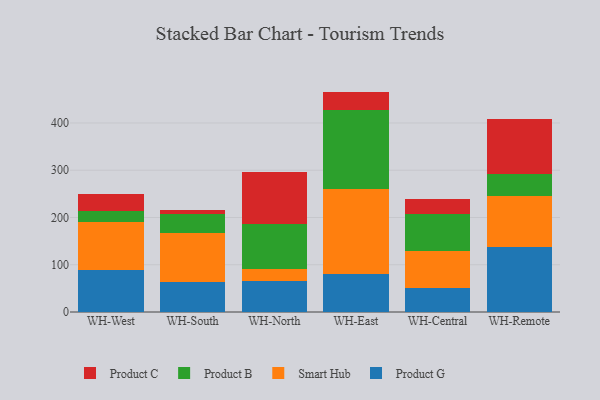
{"axis": {"x": "Warehouse", "y": "Budget (USD K)"}, "legend": ["Product B", "Product C", "Product G", "Smart Hub"], "data": [{"x": "WH-West", "y": 88.0, "type": "Product G"}, {"x": "WH-West", "y": 103.0, "type": "Smart Hub"}, {"x": "WH-West", "y": 22.3, "type": "Product B"}, {"x": "WH-West", "y": 35.7, "type": "Product C"}, {"x": "WH-South", "y": 63.5, "type": "Product G"}, {"x": "WH-South", "y": 104.6, "type": "Smart Hub"}, {"x": "WH-South", "y": 39.8, "type": "Product B"}, {"x": "WH-South", "y": 7.5, "type": "Product C"}, {"x": "WH-North", "y": 65.7, "type": "Product G"}, {"x": "WH-North", "y": 24.5, "type": "Smart Hub"}, {"x": "WH-North", "y": 96.8, "type": "Product B"}, {"x": "WH-North", "y": 109.2, "type": "Product C"}, {"x": "WH-East", "y": 81.2, "type": "Product G"}, {"x": "WH-East", "y": 178.6, "type": "Smart Hub"}, {"x": "WH-East", "y": 167.5, "type": "Product B"}, {"x": "WH-East", "y": 39.1, "type": "Product C"}, {"x": "WH-Central", "y": 51.2, "type": "Product G"}, {"x": "WH-Central", "y": 78.4, "type": "Smart Hub"}, {"x": "WH-Central", "y": 78.4, "type": "Product B"}, {"x": "WH-Central", "y": 30.8, "type": "Product C"}, {"x": "WH-Remote", "y": 137.8, "type": "Product G"}, {"x": "WH-Remote", "y": 108.4, "type": "Smart Hub"}, {"x": "WH-Remote", "y": 46.2, "type": "Product B"}, {"x": "WH-Remote", "y": 115.4, "type": "Product C"}]}